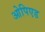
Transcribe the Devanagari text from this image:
ओपिएड